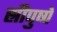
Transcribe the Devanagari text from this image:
स्रीपुष्पे